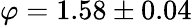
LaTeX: \varphi=1.58\pm 0.04